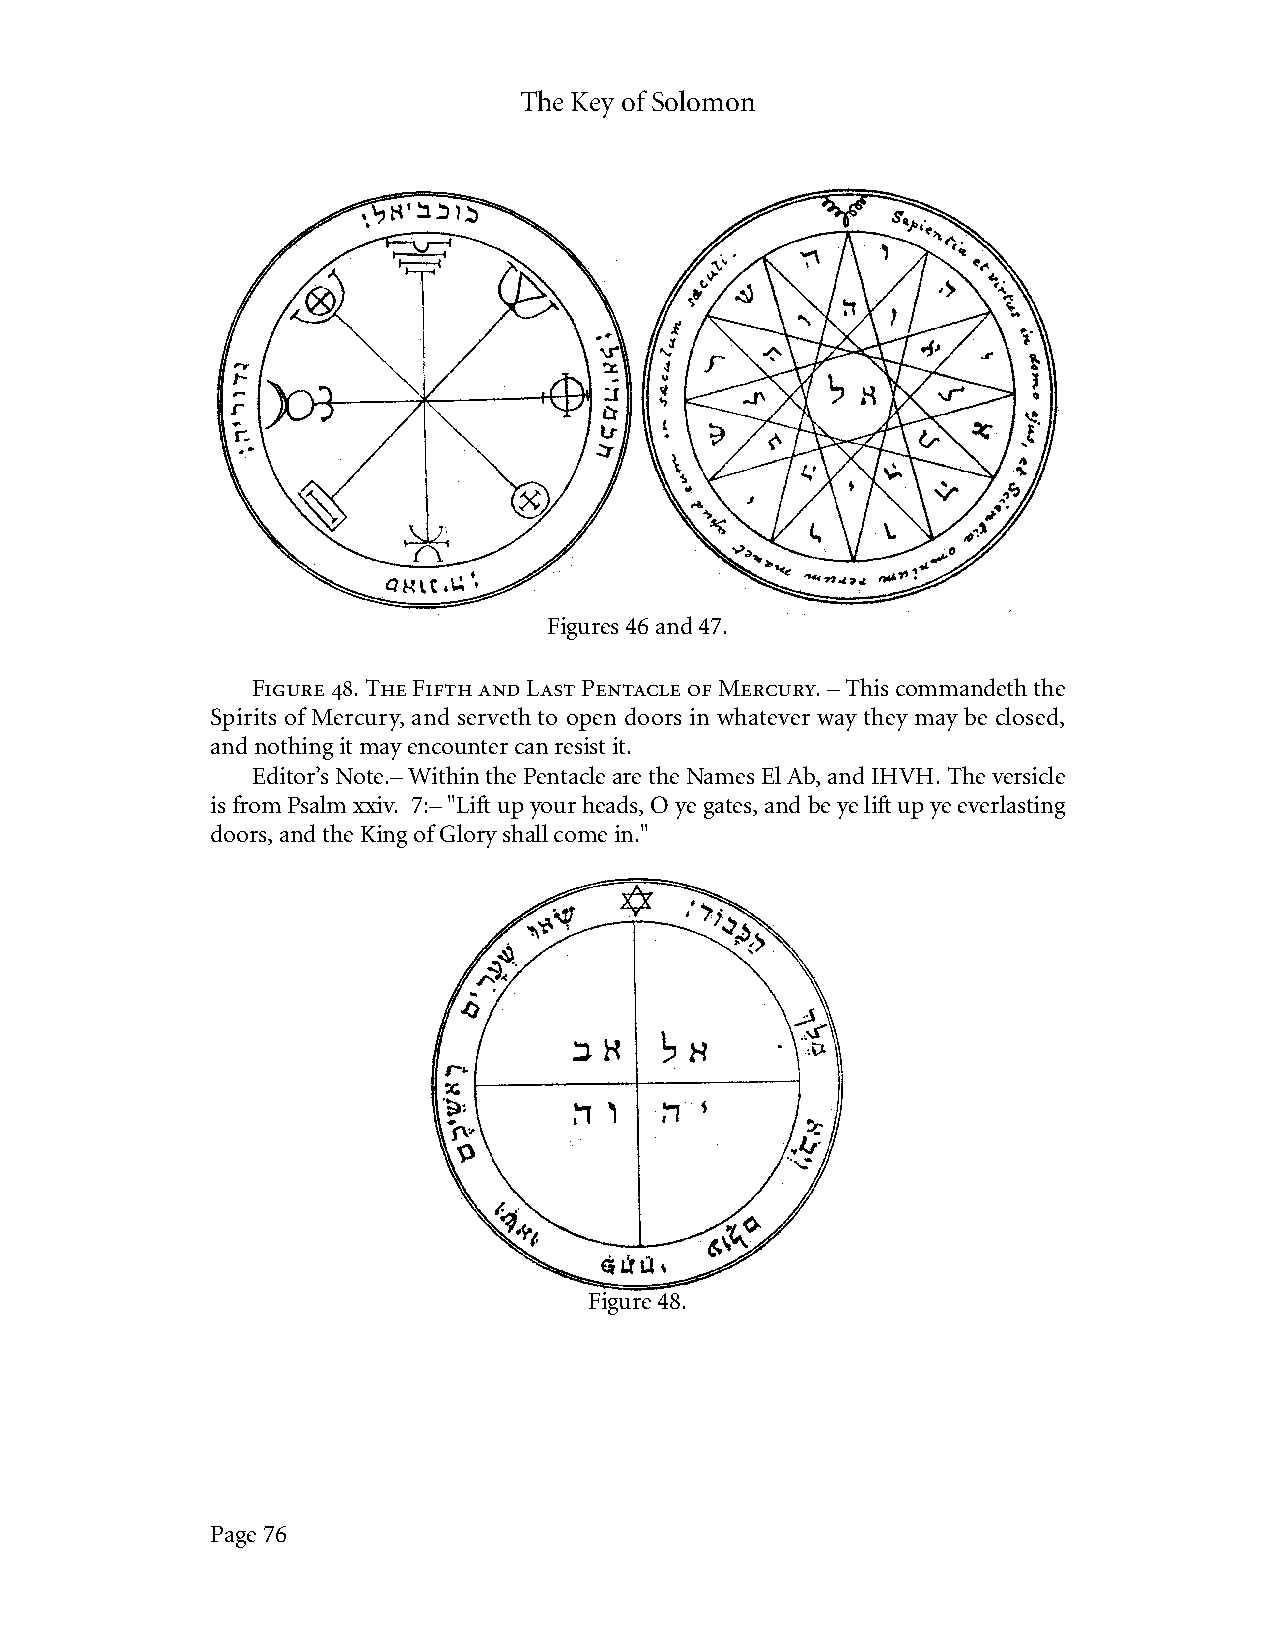
The Key of Solomon
 Figures 46 and 47.
 Figure 48. The Fifth and Last Pentacle of Mercury. – This commandeth the
 Spirits of Mercury, and serveth to open doors in whatever way they may be closed,
 and nothing it may encounter can resist it.
 Editor’s Note.– Within the Pentacle are the Names El Ab, and IHVH. The versicle
 is from Psalm xxiv. 7:– "Lift up your heads, O ye gates, and be ye lift up ye everlasting
 doors, and the King of Glory shall come in."
 Figure 48.
 Page 76